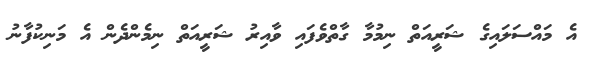
އެ މައްސަލައިގެ ޝަރީއަތް ނިމުމާ ގާތްވެފައި ވާއިރު ޝަރީއަތް ނިމެންދެން އެ މަނިކުފާނު